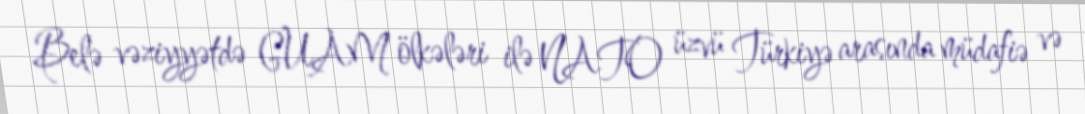
Belə vəziyyətdə GUAM ölkələri ilə NATO üzvü Türkiyə arasında müdafiə və